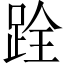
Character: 跧